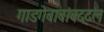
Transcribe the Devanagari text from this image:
गाडगेबाबांबद्दल